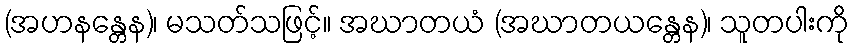
(အဟနန္တေန)၊ မသတ်သဖြင့်။ အဃာတယံ (အဃာတယန္တေန)၊ သူတပါးကို